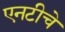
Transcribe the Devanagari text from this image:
एनटीचे